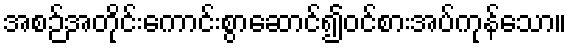
အစဉ်အတိုင်းကောင်းစွာဆောင်၍ဝင်စားအပ်ကုန်သော။